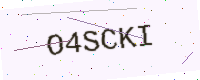
Text: O4SCKI